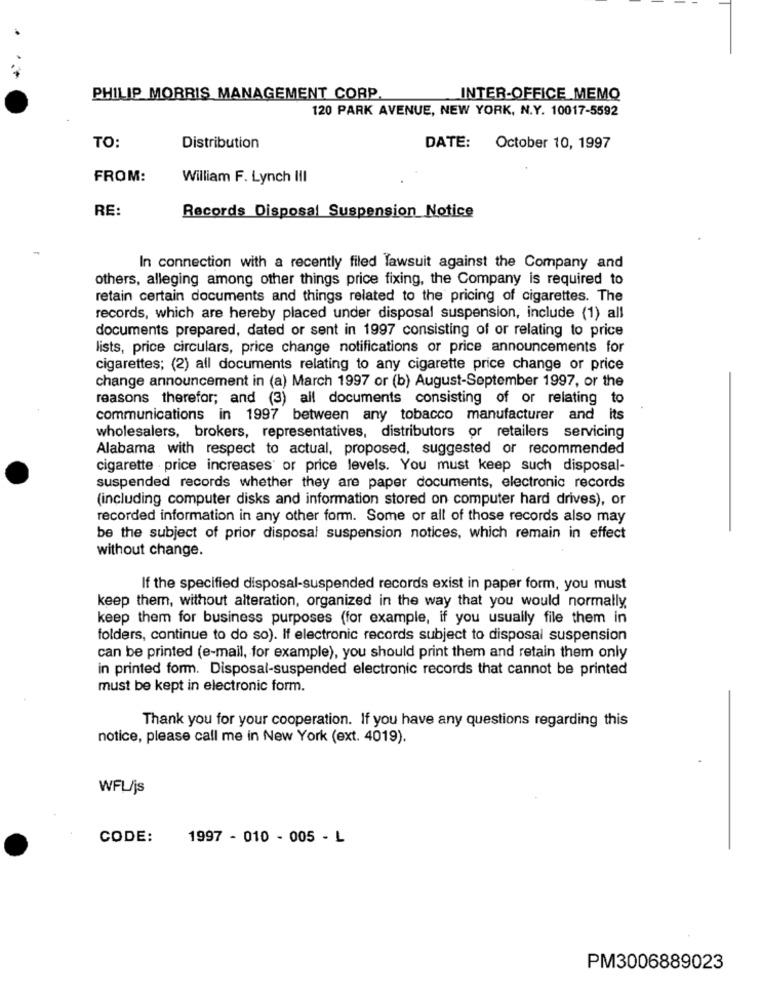
PHILIP MORRIS MANAGEMENT CORP.
INTER-OFFICE_MEMQ
120 PARK AVENUE, NEW YORK, N.Y. 10017-5592
TO:
Distribution
DATE: October 10, 1997
FROM:
William F. Lynch III
RE:
Records Disposal Suspension Notice
In connection with a recently filed lawsuit against the Company and
others, alleging among other things price fixing, the Company is required to
retain certain documents and things related to the pricing of cigarettes. The
records, which are hereby placed under disposal suspension, include (1) all
documents prepared, dated or sent in 1997 consisting of or relating to price
lists, price circulars, price change notifications or price announcements for
cigarettes; (2) all documents relating to any cigarette price change or price
change announcement in (a) March 1997 or (b) August-September 1997, or the
reasons therefor; and (3) all documents consisting of or relating to
communications in 1997 between any tobacco manufacturer and its
wholesalers, brokers, representatives, distributors or retailers servicing
Alabama with respect to actual, proposed, suggested or recommended
cigarette price increases' or price levels. You must keep such disposal-
suspended records whether they are paper documents, electronic records
(including computer disks and information stored on computer hard drives), or
recorded information in any other form. Some or all of those records also may
be the subject of prior disposal suspension notices, which remain in effect
without change.
If the specified disposal-suspended records exist in paper form, you must
keep them, without alteration, organized in the way that you would normally.
keep them for business purposes (for example, if you usually file them in
folders, continue to do so). If electronic records subject to disposal suspension
can be printed (e-mail, for example), you should print them and retain them only
in printed form. Disposal-suspended electronic records that cannot be printed
must be kept in electronic form.
Thank you for your cooperation. If you have any questions regarding this
notice, please call me in New York (ext. 4019).
WFL/js
CODE:
1997 - 010 - 005 - L
PM3006889023